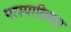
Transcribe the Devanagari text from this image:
परस्पारिकता